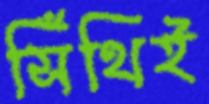
সিঁথিই